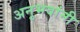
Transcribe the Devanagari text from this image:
अनुभवांनी